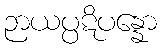
ဉာယပ္ပဋိပန္နော